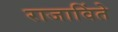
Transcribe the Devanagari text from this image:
राजाविंते